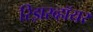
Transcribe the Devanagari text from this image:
रिझरव्हॉयर